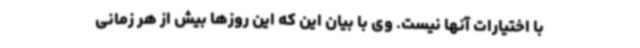
با اختیارات آنها نیست. وی با بیان این که این روزها بیش از هر زمانی